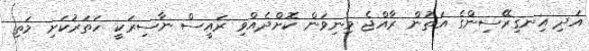
އަދި އިނގިރޭސިންގެ އަތުން ރާއްޖެ މިނިވަން ކޮށްދެއްވި ރައީސް ނާސިރަކީ ހަތަރުކަށި މަތި